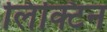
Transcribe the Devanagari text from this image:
लिक्टिन